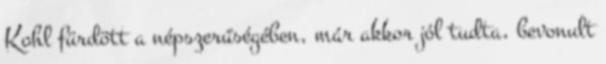
Kohl fürdött a népszerűségében, már akkor jól tudta, bevonult